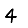
Digit: 4